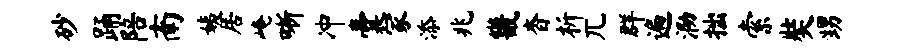
砂踊陪南姨居崦晰冲囊冢添兆畿杳析兀群遍泐拙索奘甥